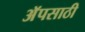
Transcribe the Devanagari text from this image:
अॅपसाठी